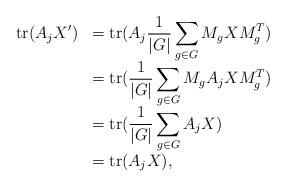
LaTeX: \begin{align*}\begin{array}{rl}\displaystyle \mathrm{tr}(A_jX') &= \displaystyle \mathrm{tr}(A_j\frac{1}{|G|} \sum_{g \in G}M_g X M_g^T) \\&= \displaystyle \mathrm{tr}(\frac{1}{|G|} \sum_{g \in G}M_g A_jX M_g^T) \\&= \displaystyle \mathrm{tr}(\frac{1}{|G|} \sum_{g \in G}A_jX ) \\&= \displaystyle \mathrm{tr}(A_jX),\end{array}\end{align*}